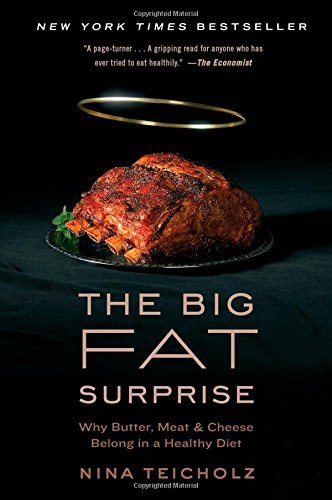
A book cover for The Big Fat Surprise: Why Butter, Meat and Cheese Belong in a Healthy Diet; Nina Teicholz; Humor & Entertainment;